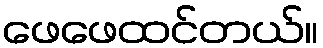
ဖေဖေထင်တယ်။